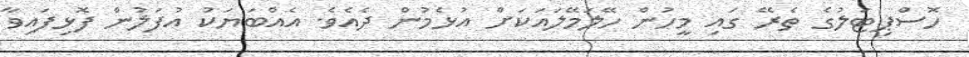
ހޮސްޕިޓަލުގެ ތެރޭ ގައި މީހުން ހޭލަމޭލައަކަށް އުޅެމުން ދެއެވެ. އެއްބަޔަކު އުފަލުން ފޮޅިފައިވާ